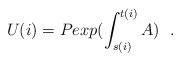
\begin{align*}U(i) = P exp (\int_{s(i)}^{t(i)}A)\ \ . \end{align*}